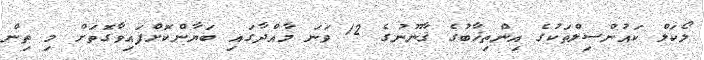
ލޯކަލް ކައުންސިލްތަކުގެ އިންތިޚާބުގެ ޤާނޫނުގެ 12 ވަނަ މާއްދާގައި ބަޔާންކޮށްފައިވާގޮތަށް މި ތިން